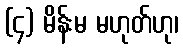
(၄) မိန်းမ မဟုတ်ဟု၊